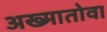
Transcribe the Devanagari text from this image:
अख्मातोवा